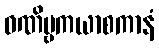
ဝဏိဗ္ဗကယာစကာနံ